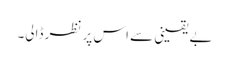
بے یقینی سے اس پر نظر ڈالی۔